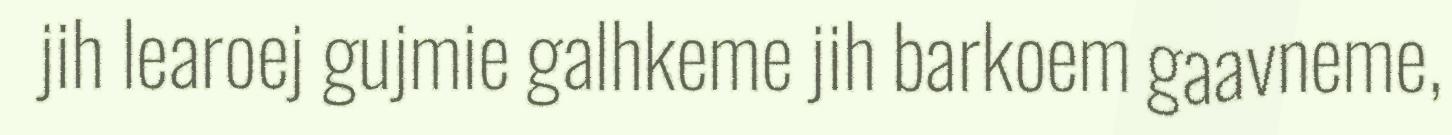
jih learoej gujmie galhkeme jih barkoem gaavneme,